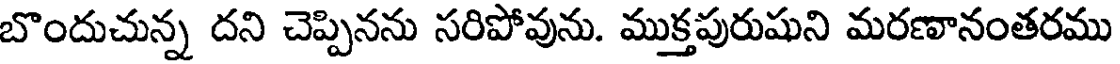
బొందుచున్న దని చెప్పినను సరిపోవును. ముక్తపురుషుని మరణానంతరము